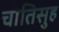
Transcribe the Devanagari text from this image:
चोतिसुह